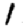
Digit: 1